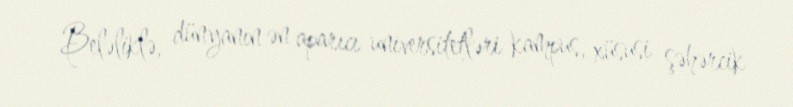
Beləliklə, dünyanın ən aparıcı universitetləri kampus, xüsusi şəhərcik